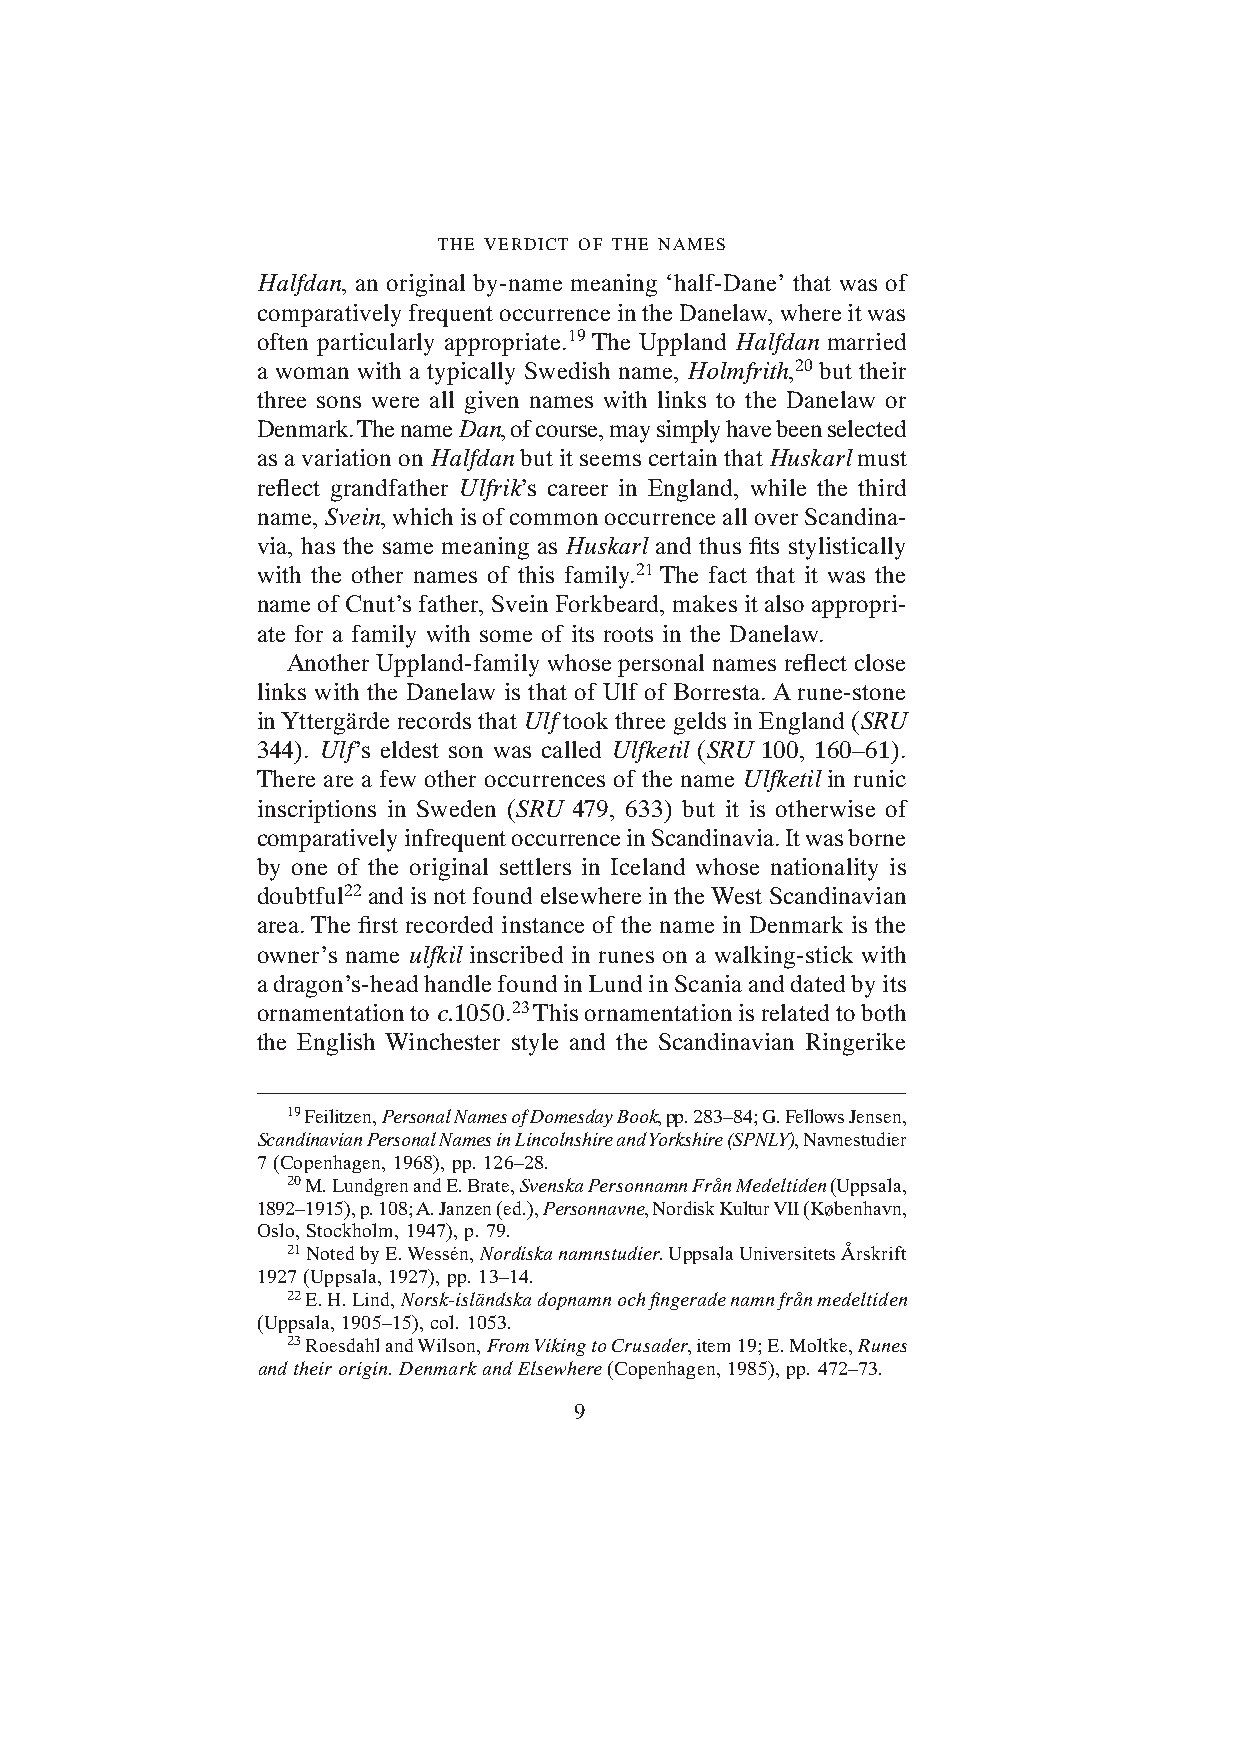
THE VERDICT OF THE NAMES
 Halfdan, an original by-name meaning ‘half-Dane’ that was of
 comparatively frequent occurrence in the Danelaw, where it was
 often particularly appropriate.19 The Uppland Halfdan married
 a woman with a typically Swedish name, Holmfrith,20 but their
 three sons were all given names with links to the Danelaw or
 Denmark. The name Dan, of course, may simply have been selected
 as a variation on Halfdan but it seems certain that Huskarl must
 reflect grandfather Ulfrik’s career in England, while the third
 name, Svein, which is of common occurrence all over Scandina-
 via, has the same meaning as Huskarl and thus fits stylistically
 with the other names of this family.21 The fact that it was the
 name of Cnut’s father, Svein Forkbeard, makes it also appropri-
 ate for a family with some of its roots in the Danelaw.
 Another Uppland-family whose personal names reflect close
 links with the Danelaw is that of Ulf of Borresta. A rune-stone
 in Yttergärde records that Ulf took three gelds in England (SRU
 344). Ulf’s eldest son was called Ulfketil (SRU 100, 160–61).
 There are a few other occurrences of the name Ulfketil in runic
 inscriptions in Sweden (SRU 479, 633) but it is otherwise of
 comparatively infrequent occurrence in Scandinavia. It was borne
 by one of the original settlers in Iceland whose nationality is
 doubtful22 and is not found elsewhere in the West Scandinavian
 area. The first recorded instance of the name in Denmark is the
 owner’s name ulfkil inscribed in runes on a walking-stick with
 a dragon’s-head handle found in Lund in Scania and dated by its
 ornamentation to c.1050.23 This ornamentation is related to both
 the English Winchester style and the Scandinavian Ringerike
 19 Feilitzen, Personal Names of Domesday Book, pp. 283–84; G. Fellows Jensen,
 Scandinavian Personal Names in Lincolnshire and Yorkshire (SPNLY), Navnestudier
 7 (Copenhagen, 1968), pp. 126–28.
 20 M. Lundgren and E. Brate, Svenska Personnamn Från Medeltiden (Uppsala,
 1892–1915), p. 108; A. Janzen (ed.), Personnavne, Nordisk Kultur VII (København,
 Oslo, Stockholm, 1947), p. 79.
 21 Noted by E. Wessén, Nordiska namnstudier. Uppsala Universitets Årskrift
 1927 (Uppsala, 1927), pp. 13–14.
 22 E. H. Lind, Norsk-isländska dopnamn och fingerade namn från medeltiden
 (Uppsala, 1905–15), col. 1053.
 23 Roesdahl and Wilson, From Viking to Crusader, item 19; E. Moltke, Runes
 and their origin. Denmark and Elsewhere (Copenhagen, 1985), pp. 472–73.
 9